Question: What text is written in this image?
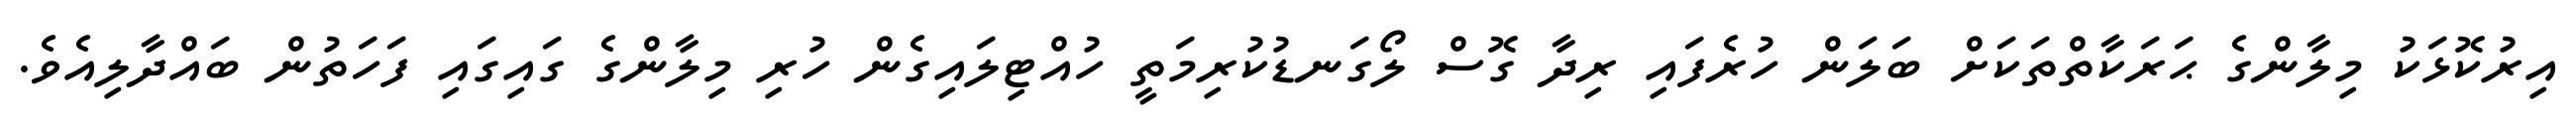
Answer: އިރުކޮޅަކު މިލާންގެ ޙަރަކާތްތަކަށް ބަލަން ހުރެފައި ރިދާ ގޮސް ލޯގަނޑުކުރިމަތީ ހުއްޓިލައިގެން ހުރި މިލާންގެ ގައިގައި ފަހަތުން ބައްދާލިއެވެ.